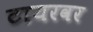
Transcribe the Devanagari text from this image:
टायरवर